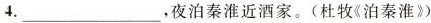
4.___，夜泊秦淮近酒家。(杜牧《泊秦淮》)